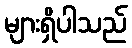
များရှိပါသည်